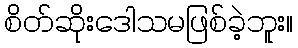
စိတ်ဆိုးဒေါသမဖြစ်ခဲ့ဘူး။